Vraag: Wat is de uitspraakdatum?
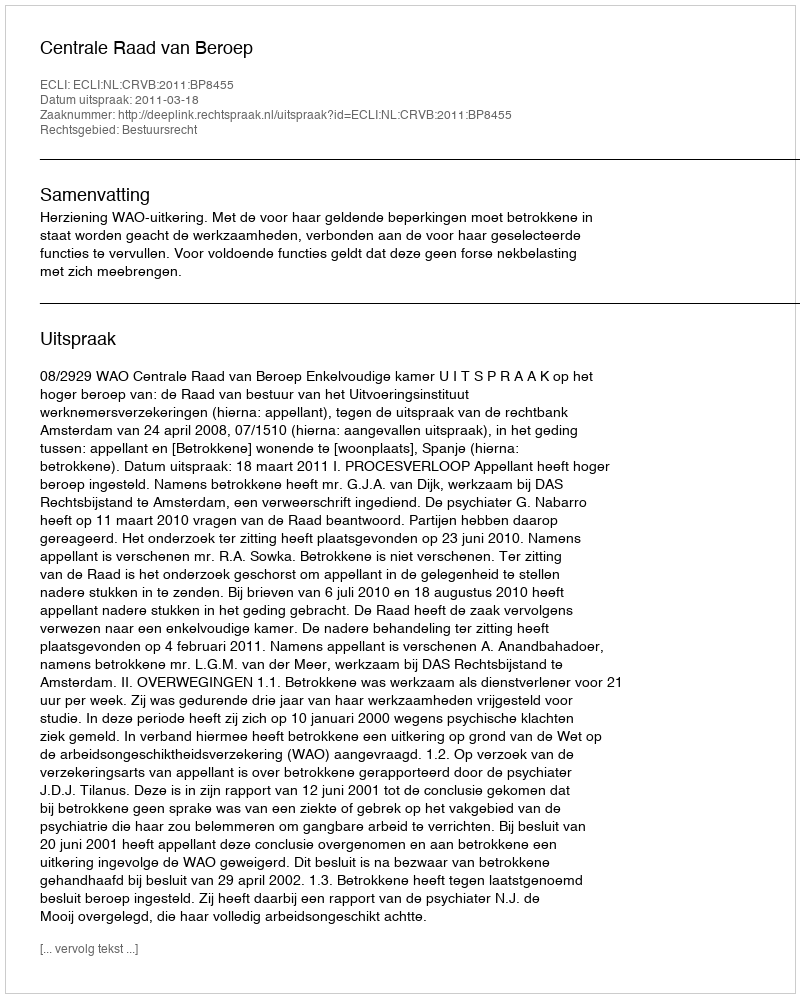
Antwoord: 2011-03-18